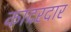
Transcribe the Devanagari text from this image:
कादरदार